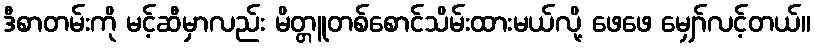
ဒီစာတမ်းကို မင့်ဆီမှာလည်း မိတ္တူတစ်စောင်သိမ်းထားမယ်လို့ ဖေဖေ မျှော်လင့်တယ်။